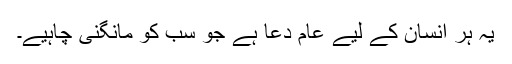
یہ ہر انسان کے لیے عام دعا ہے جو سب کو مانگنی چاہیے۔